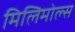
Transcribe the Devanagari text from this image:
मिलिमोल्स